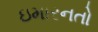
ઇમારનતો